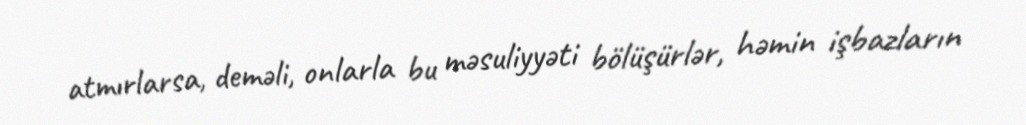
atmırlarsa, deməli, onlarla bu məsuliyyəti bölüşürlər, həmin işbazların